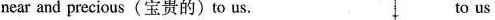
near and precious(宝贵的)to us. to us